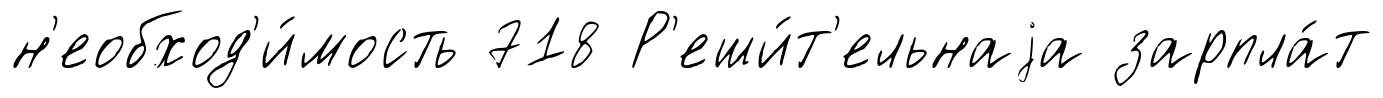
н'еобход'и́мость 718 Р'еши́т'ельнаjа зарпла́т